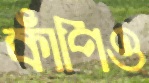
কাঁপিও